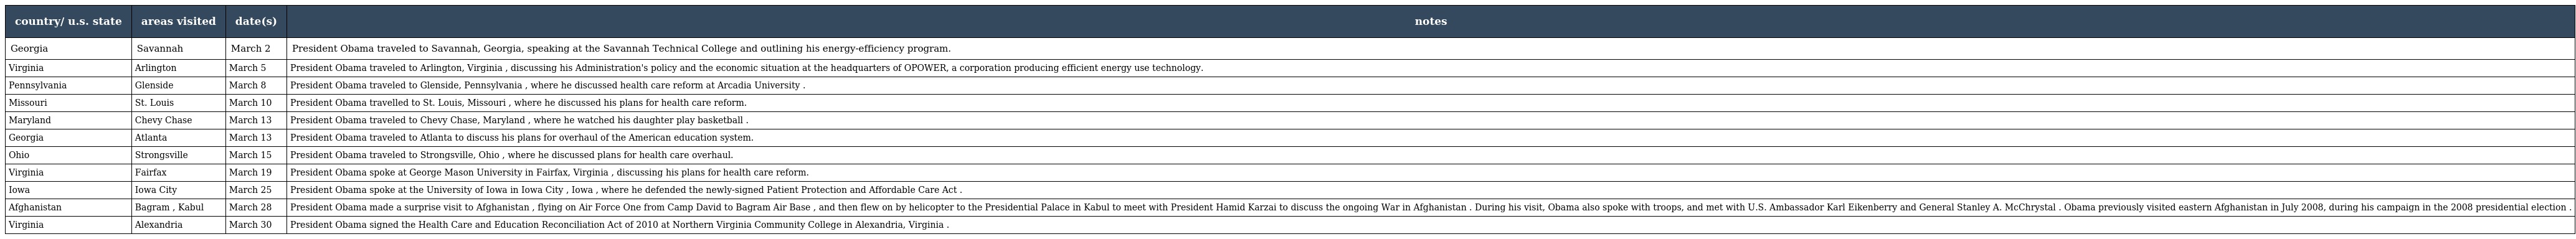
| country/ u.s. state | areas visited | date(s) | notes |
 | --- | --- | --- | --- |
 | Georgia | Savannah | March 2 | President Obama traveled to Savannah, Georgia, speaking at the Savannah Technical College and outlining his energy-efficiency program. |
 | Virginia | Arlington | March 5 | President Obama traveled to Arlington, Virginia , discussing his Administration's policy and the economic situation at the headquarters of OPOWER, a corporation producing efficient energy use technology. |
 | Pennsylvania | Glenside | March 8 | President Obama traveled to Glenside, Pennsylvania , where he discussed health care reform at Arcadia University . |
 | Missouri | St. Louis | March 10 | President Obama travelled to St. Louis, Missouri , where he discussed his plans for health care reform. |
 | Maryland | Chevy Chase | March 13 | President Obama traveled to Chevy Chase, Maryland , where he watched his daughter play basketball . |
 | Georgia | Atlanta | March 13 | President Obama traveled to Atlanta to discuss his plans for overhaul of the American education system. |
 | Ohio | Strongsville | March 15 | President Obama traveled to Strongsville, Ohio , where he discussed plans for health care overhaul. |
 | Virginia | Fairfax | March 19 | President Obama spoke at George Mason University in Fairfax, Virginia , discussing his plans for health care reform. |
 | Iowa | Iowa City | March 25 | President Obama spoke at the University of Iowa in Iowa City , Iowa , where he defended the newly-signed Patient Protection and Affordable Care Act . |
 | Afghanistan | Bagram , Kabul | March 28 | President Obama made a surprise visit to Afghanistan , flying on Air Force One from Camp David to Bagram Air Base , and then flew on by helicopter to the Presidential Palace in Kabul to meet with President Hamid Karzai to discuss the ongoing War in Afghanistan . During his visit, Obama also spoke with troops, and met with U.S. Ambassador Karl Eikenberry and General Stanley A. McChrystal . Obama previously visited eastern Afghanistan in July 2008, during his campaign in the 2008 presidential election . |
 | Virginia | Alexandria | March 30 | President Obama signed the Health Care and Education Reconciliation Act of 2010 at Northern Virginia Community College in Alexandria, Virginia . |